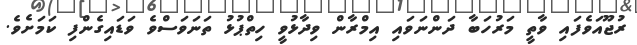
ރުޖޫއަވެފައި ވާތީ މަރުހަބާ ދަންނަވައި އިމްރާން ވިދާޅުވީ ހިތްޕުޅު ތަނަވަސްވެ ވަޑައިގެންފި ކަމަށެވެ.